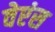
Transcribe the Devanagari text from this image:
वेएंस